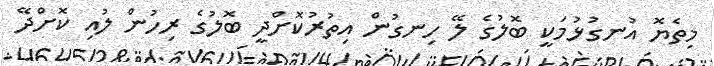
މިތެޔޮ އުނގުޅުމަކީ ބޮލުގެ ލޭ ހިނގުން އިތުރުކޮށްދީ ބޮލުގެ ރިހުން ލުއި ކޮށްދޭ